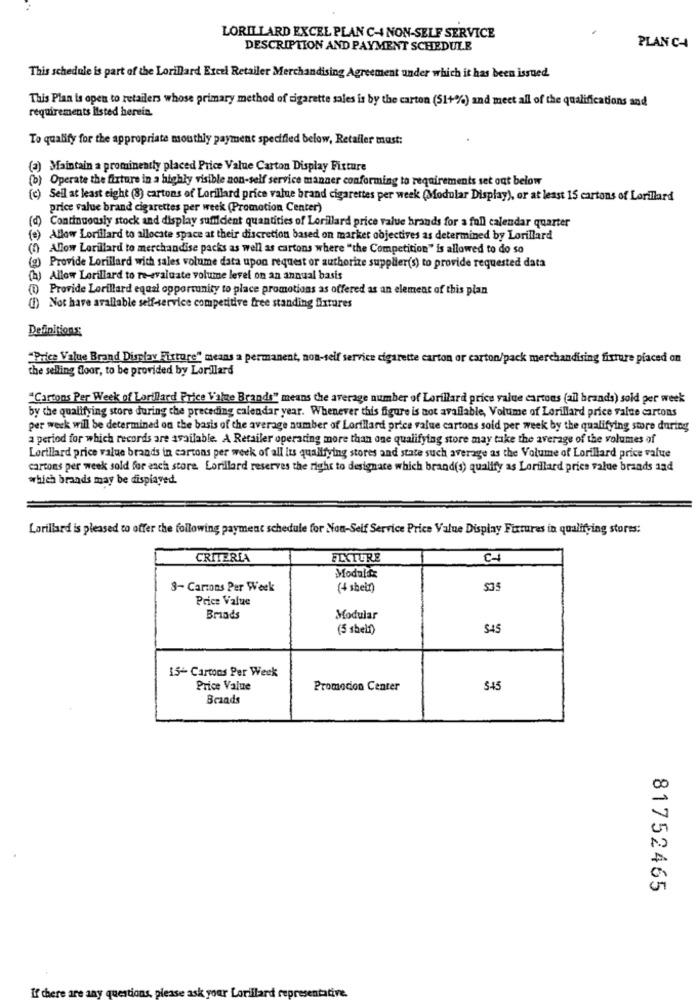
LORILLARD EXCEL PLAN C-4 NON-SELF SERVICE
DESCRIPTION AND PAYMENT SCHEDULE
PLAN CHA
This schedule is part of the Lorillard Excel Retailer Merchandising Agreement under which it has been issued.
This Plan is open to retailers whose primary method of cigarette sales is by the carton (51+%) and meet all of the qualifications and
requirements listed herein.
To qualify for the appropriate mouthly payment specified below, Retailer must:
(a) Maintain a prominently placed Price Value Carton Display Fixture
(b) Operate the fixture in a highly visible non-self service manner conforming to requirements set out below
(c) Seil at least eight (8) cartons of Lorillard price value brand cigarettes per week (Modular Display), or at least 15 cartons of Lorilard
price value brand cigarettes per week (Promotion Center)
(d) Continuously stock and display sufficient quantities of Lorillard price value brands for a full calendar quarter
(e) Allow Lorillard to allocate space at their discretion based on market objectives as determined by Lorillard
Allow Lorillard to merchandise packs as well as cartons where "the Competition" is allowed to do so
(g) Provide Lorillard with sales volume data upon request or authorize supplier(s) to provide requested data
(h) Allow Lorillard to re-evaluate volume level on an annual basis
(1) Provide Lorillard equal opportunity to place promotions as offered as an element of this plan
(1) Not have arallable self-service competitive free standing fixtures
Definitions
"Price Value Brand Display Fixture" means a permanent, non-self service cigarette carton or carton/pack merchandising fixture placed on
the selling floor, to be provided by Lordlard
"Cartons Per Week of Lorillard Price Value Brands" means the average number of Lorillard price value cartons (al brands) sold per week
by the qualifying store during the preceding calendar year. Whenever this figure is not available, Volume of Lorillard price value cartons
per week will be determined on the basis of the average number of Lorillard price value cartons sold per week by the qualifying store during
a period for which records are available. A Retailer operating more than one qualifying store may take the average of the volumes of
Lorillard price value brands in cartons per week of all its qualifying stores and state such average as the Volume of Lorillard price value
cartons per week sold for each store Lorillard reserves the right to designate which brand(s) qualify as Lorillard price value brands and
which brands may be displayed.
Lorillard is pleased to offer the following payment schedule for Non-Self Service Price Value Display Fixtures in qualifying stores:
CRITERIA
FIXTURE
Modular
3- Cartons Per Week
{4 shein)
535
Price Value
Brands
Modular
(5 shelf)
$45
15- Cartons Per Week
Price Value
Promocion Center
545
Braads
81752465
If che
presentative.